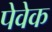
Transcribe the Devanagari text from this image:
पेवेक